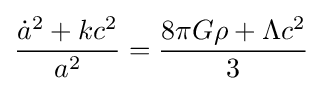
{\frac {{\dot {a}}^{2}+kc^{2}}{a^{2}}}={\frac {8\pi G\rho +\Lambda c^{2}}{3}}